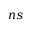
n s